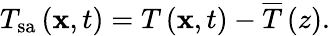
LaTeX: T_{\mathrm{sa}}\left(\mathbf{x},t\right)=T\left(\mathbf{x},t\right)-\overline{{T}}\left(z\right).